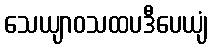
သေယျာဝသထပဒီပေယျံ